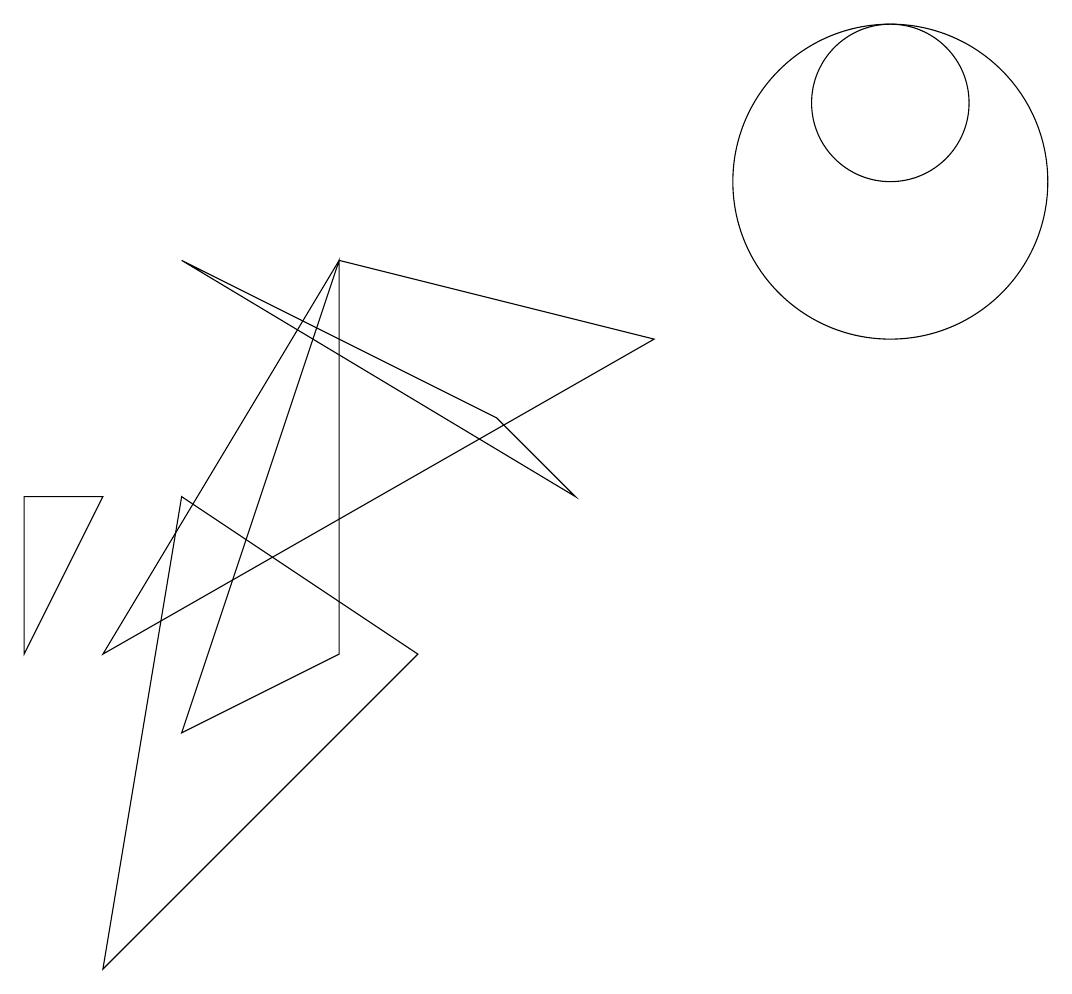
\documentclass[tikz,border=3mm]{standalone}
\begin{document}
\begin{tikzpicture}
\draw (8,8) -- (1,4) -- (4,9) -- cycle;
\draw (11,11) circle (1);
\draw (2,6) -- (1,0) -- (5,4) -- cycle;
\draw (2,9) -- (7,6) -- (6,7) -- cycle;
\draw (1,6) -- (0,4) -- (0,6) -- cycle;
\draw (11,10) circle (2);
\draw (4,9) -- (4,4) -- (2,3) -- cycle;
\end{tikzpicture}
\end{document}